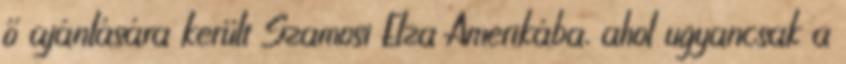
ő ajánlására került Szamosi Elza Amerikába, ahol ugyancsak a